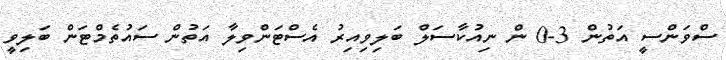
ސްވަންސީ އަތުން 3-0 ން ނިއުކާސަލް ބަލިވިއިރު އެސްޓަންވިލާ އަތުން ސައުތެމްޓަން ބަލިވީ